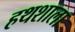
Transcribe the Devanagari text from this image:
हथशाला